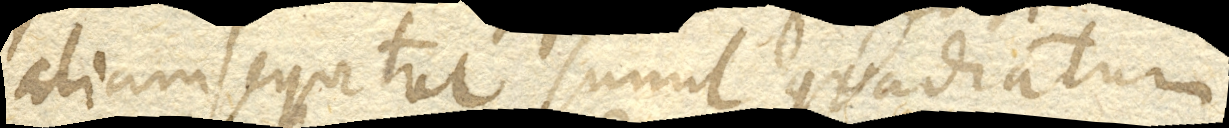
aliam sequitur simul quadratum